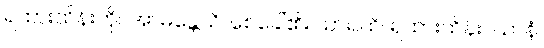
ရထားထိန်းကို။ အာမန္တေသိ၊ စေခေါ်၏။ သာရထိ၊ ရထားထိန်း။ ယာနံ၊